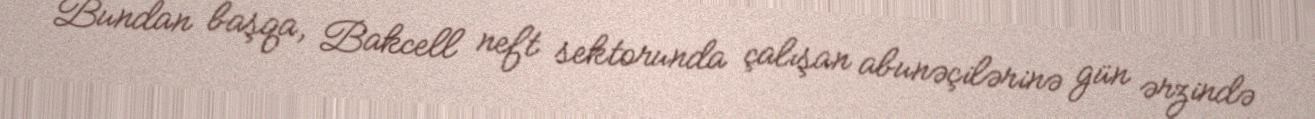
Bundan başqa, Bakcell neft sektorunda çalışan abunəçilərinə gün ərzində